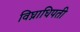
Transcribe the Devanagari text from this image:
विघ्नाधिपती